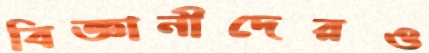
বিজ্ঞানীদেরও